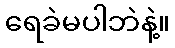
ရေခဲမပါဘဲနဲ့။